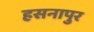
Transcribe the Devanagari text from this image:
हसनापुर